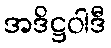
အဒိဋ္ဌဝါဒီ